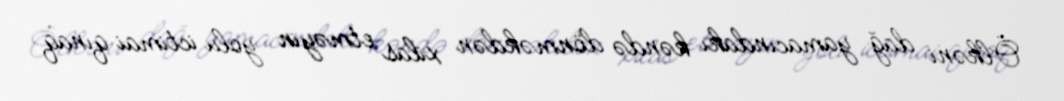
Ölkəni dağ yamacındakı kəndə dönməkdən xilas etməyin yolu ictimai qınaq